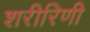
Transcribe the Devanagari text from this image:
शरीरिणी